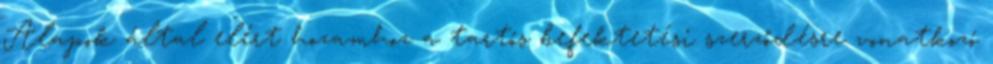
Alapok által elért hozamhoz a tartós befektetési szerződésre vonatkozó